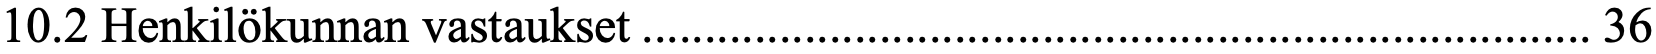
10.2 Henkilökunnan vastaukset ............................................................................ 36